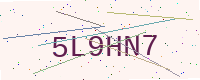
Text: 5L9HN7